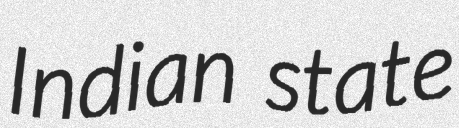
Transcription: Indian state